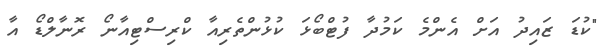
"ކުޑަ ޒައިދު އަށް އެންމެ ކަމުދާ ފުޓްބޯޅަ ކުޅުންތެރިއާ ކްރިސްޓިއާނޯ ރޮނާލްޑޯ އާ